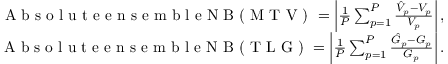
\begin{array} { r } { \textrm { A b s o l u t e e n s e m b l e N B ( M T V ) } = \left| \frac { 1 } { P } \sum _ { p = 1 } ^ { P } \frac { \hat { V } _ { p } - V _ { p } } { V _ { p } } \right| , } \\ { \textrm { A b s o l u t e e n s e m b l e N B ( T L G ) } = \left| \frac { 1 } { P } \sum _ { p = 1 } ^ { P } \frac { \hat { G } _ { p } - G _ { p } } { G _ { p } } \right| . } \end{array}